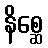
နိစ္ဆေ